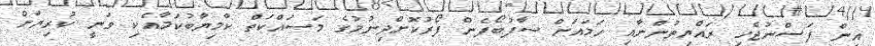
އިން ފަސްނުޖެހި ރައްޔިތުންނާއި ހަމައަށް ސާފުބޯފެން ފޯރުކޮށްދިނުމުގެ މަސައްކަތް ކާމިޔާބުކަމާއެކި ވަނީ ކުރިޔަށް